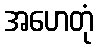
အဟေတုံ